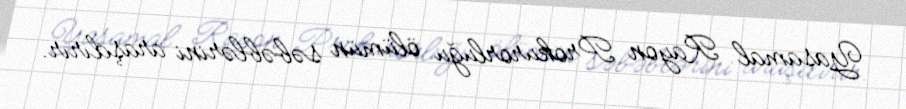
Yasamal Rayon Prokurorluğu ölümün səbəblərini araşdırır.